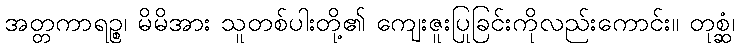
အတ္တကာရဉ္စ၊ မိမိအား သူတစ်ပါးတို့၏ ကျေးဇူးပြုခြင်းကိုလည်းကောင်း။ တုစ္ဆံ၊